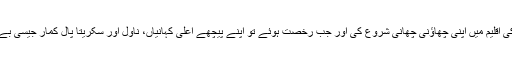
وہیں سے انھوں نے ادب کی اقلیم میں اپنی چھاؤنی چھانی شروع کی اور جب رخصت ہوئے تو اپنے پیچھے اعلیٰ کہانیاں، ناول اور سکریتا پال کمار جیسی بے مثال بیٹی کو چھوڑ گئے۔